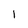
Character: l